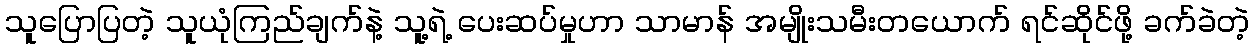
သူပြောပြတဲ့ သူယုံကြည်ချက်နဲ့ သူ့ရဲ့ ပေးဆပ်မှုဟာ သာမာန် အမျိုးသမီးတယောက် ရင်ဆိုင်ဖို့ ခက်ခဲတဲ့